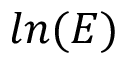
l n ( E )